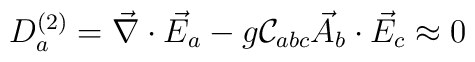
D_{a}^{(2)} = \vec{\nabla} \cdot \vec{E}_{a} - g {\cal C}_{abc} \vec{A}_{b} \cdot \vec{E}_{c} \approx 0